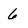
Character: 6